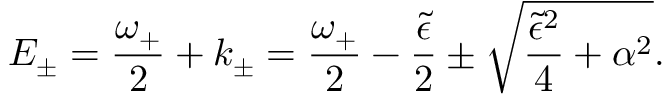
E _ { \pm } = { \frac { \omega _ { + } } { 2 } } + k _ { \pm } = { \frac { \omega _ { + } } { 2 } } - { \frac { \tilde { \epsilon } } { 2 } } \pm \sqrt { { \frac { \tilde { \epsilon } ^ { 2 } } { 4 } } + \alpha ^ { 2 } } .